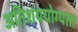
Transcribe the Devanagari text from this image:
अतिशययोग्यता